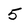
Character: 5